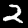
Digit: 2